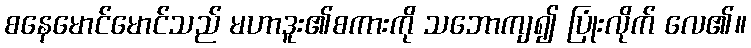
စနေမောင်မောင်သည် မဟာဒူး၏စကားကို သဘောကျ၍ ပြုံးလိုက် လေ၏။